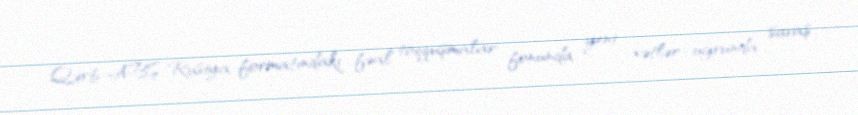
Qərb-ABŞ-Rusiya formatındakı fəal toqquşmalar fonunda yeni xətlər uğrunda savaş